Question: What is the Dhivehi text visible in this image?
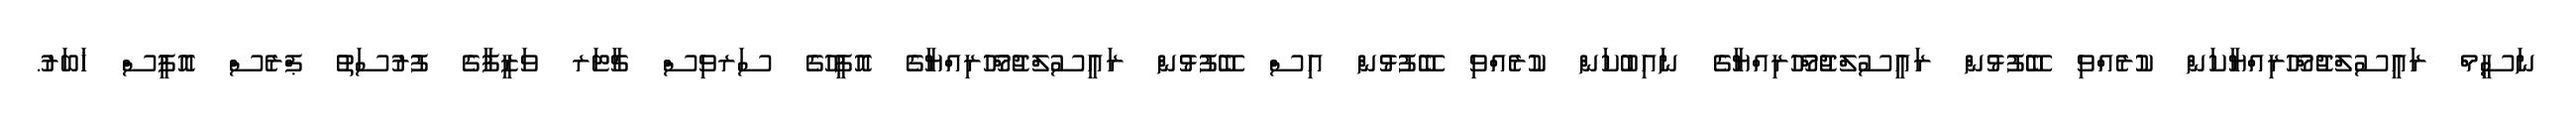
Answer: ނަސީމް ރައީސުލްޖުމްހޫރިއްޔާކަން ކުރެއްވި ބޭފުޅުން ރައީސުލްޖުމްހޫރިއްޔާގެ ނައިބުކަން ކުރެއްވި ބޭފުޅުން އިސް ބޭފުޅުން ރައީސުލްޖުމްހޫރިއްޔާގެ އޮފީހުގެ ސަރވިސް ޗާޓަރ ވަޒީފާގެ ފުރުސަތު ޕްރެސް އޮފީސް ޚަބަރު.